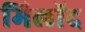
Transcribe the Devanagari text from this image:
मिलॉद